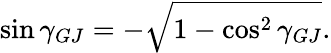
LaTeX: \sin\gamma_{GJ}=-\sqrt{1-\cos^{2}\gamma_{GJ}}.